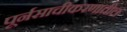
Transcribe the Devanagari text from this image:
पूर्नसाचीकरणातील